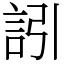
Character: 訠